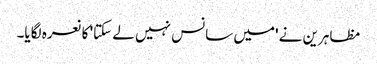
مظاہرین نے 'میں سانس نہیں لے سکتا' کا نعرہ لگایا۔